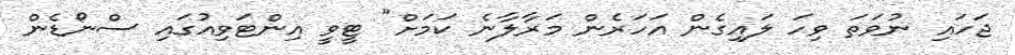
ޖަހައި ނުވަތަ ވިހަ ލައިގެން އަހަރެން މަރާލާނެ ކަމަށް" ޓީވީ އިންޓަވިއުގައި ސްނޯޑެން